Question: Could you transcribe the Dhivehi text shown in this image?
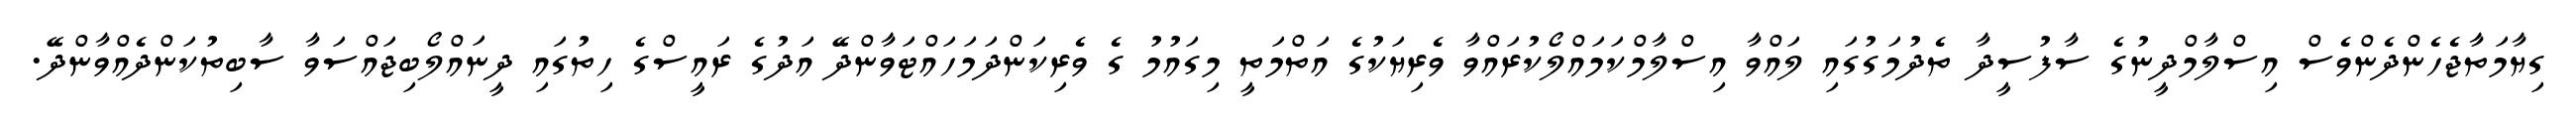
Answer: ގިޔާމަތާޖެހެންދެންވެސް އިސްލާމްދީނުގެ ސާފުސީދާ ތެދުމަގުގައި ލައްވާ އިސްލާމްކަމައްލޯކުރައްވާ ވެރިޔަކުގެ އަތްމަތީ މިގައުމު ގެ ވެރިކަންދަމަހައްޓަވާންދޭ އަދުގެ ރައީސްގެ ހިތުގައި ދީނައްލޯބިޖައްސަވާ ސާބިތުކަންދެއްވާންދޭ.